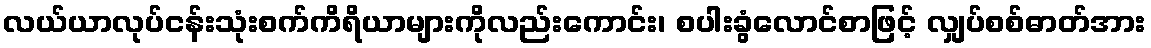
လယ်ယာလုပ်ငန်းသုံးစက်ကိရိယာများကိုလည်းကောင်း၊ စပါးခွံလောင်စာဖြင့် လျှပ်စစ်ဓာတ်အား